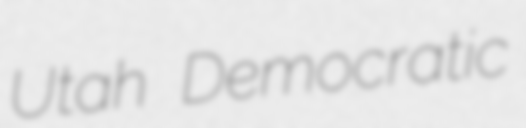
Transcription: Utah Democratic